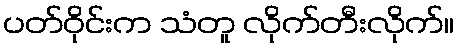
ပတ်ဝိုင်းက သံတူ လိုက်တီးလိုက်။